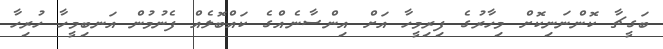
ބަގީޗާ ކޮންނަނިކޮށް މިހާރުގެ ފިރިމީހާ އަށް އިންސާނެއްގެ ކައްބޮލެއް ފެނުމުން އަނބިމީހާ ހުރިހާ